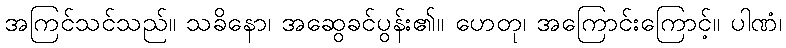
အကြင်သင်သည်။ သခိနော၊ အဆွေခင်ပွန်း၏။ ဟေတု၊ အကြောင်းကြောင့်။ ပါဏံ၊